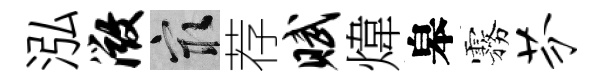
泓微冣荐赋煒皋霧芬